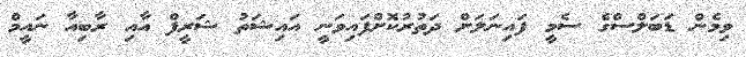
ވިމެން ޑަބަލްސްގެ ސެމީ ފައިނަލަށް ދަތުރުކޮށްފައިވަނީ އައިޝަތު ޝަރީފް އާއި ރާބިއާ ނައީމް